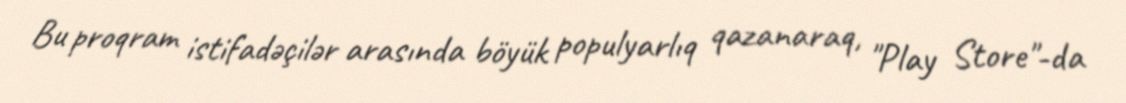
Bu proqram istifadəçilər arasında böyük populyarlıq qazanaraq, "Play Store"-da